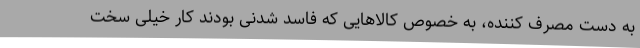
به دست مصرف کننده، به خصوص کالاهایی که فاسد شدنی بودند کار خیلی سخت